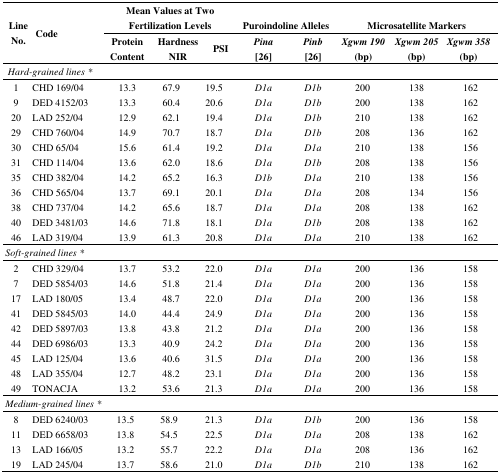
<table><thead><tr><td rowspan="3"><b>Line No.</b></td><td rowspan="3"><b>Code</b></td><td colspan="3"><b>Mean Values at Two Fertilization Levels</b></td><td colspan="2"><b>Puroindoline Alleles</b></td><td colspan="3"><b>Microsatellite Markers</b></td></tr><tr><td><b>Protein Content</b></td><td><b>Hardness NIR</b></td><td><b>PSI</b></td><td><b><i>Pina</i> [26]</b></td><td><b><i>Pinb</i> [26]</b></td><td><b><i>Xgwm 190</i> (bp)</b></td><td><b><i>Xgwm 205</i> (bp)</b></td><td><b><i>Xgwm 358</i> (bp)</b></td></tr></thead><tbody><tr><td colspan="10"><i>Hard-grained lines</i>*</td></tr><tr><td>1</td><td>CHD 169/04</td><td>13.3</td><td>67.9</td><td>19.5</td><td><i>D1a</i></td><td><i>D1b</i></td><td>200</td><td>138</td><td>162</td></tr><tr><td>9</td><td>DED 4152/03</td><td>13.3</td><td>60.4</td><td>20.6</td><td><i>D1a</i></td><td><i>D1b</i></td><td>200</td><td>138</td><td>162</td></tr><tr><td>20</td><td>LAD 252/04</td><td>12.9</td><td>62.1</td><td>19.4</td><td><i>D1a</i></td><td><i>D1b</i></td><td>210</td><td>138</td><td>162</td></tr><tr><td>29</td><td>CHD 760/04</td><td>14.9</td><td>70.7</td><td>18.7</td><td><i>D1a</i></td><td><i>D1b</i></td><td>208</td><td>136</td><td>162</td></tr><tr><td>30</td><td>CHD 65/04</td><td>15.6</td><td>61.4</td><td>19.2</td><td><i>D1a</i></td><td><i>D1a</i></td><td>210</td><td>138</td><td>156</td></tr><tr><td>31</td><td>CHD 114/04</td><td>13.6</td><td>62.0</td><td>18.6</td><td><i>D1a</i></td><td><i>D1b</i></td><td>208</td><td>138</td><td>156</td></tr><tr><td>35</td><td>CHD 382/04</td><td>14.2</td><td>65.2</td><td>16.3</td><td><i>D1b</i></td><td><i>D1a</i></td><td>210</td><td>138</td><td>156</td></tr><tr><td>36</td><td>CHD 565/04</td><td>13.7</td><td>69.1</td><td>20.1</td><td><i>D1a</i></td><td><i>D1a</i></td><td>208</td><td>134</td><td>156</td></tr><tr><td>38</td><td>CHD 737/04</td><td>14.2</td><td>65.6</td><td>18.7</td><td><i>D1a</i></td><td><i>D1a</i></td><td>208</td><td>138</td><td>162</td></tr><tr><td>40</td><td>DED 3481/03</td><td>14.6</td><td>71.8</td><td>18.1</td><td><i>D1a</i></td><td><i>D1b</i></td><td>208</td><td>138</td><td>162</td></tr><tr><td>46</td><td>LAD 319/04</td><td>13.9</td><td>61.3</td><td>20.8</td><td><i>D1a</i></td><td><i>D1a</i></td><td>210</td><td>138</td><td>162</td></tr><tr><td colspan="10"><i>Soft-grained lines</i>*</td></tr><tr><td>2</td><td>CHD 329/04</td><td>13.7</td><td>53.2</td><td>22.0</td><td><i>D1a</i></td><td><i>D1a</i></td><td>200</td><td>136</td><td>158</td></tr><tr><td>7</td><td>DED 5854/03</td><td>14.6</td><td>51.8</td><td>21.4</td><td><i>D1a</i></td><td><i>D1a</i></td><td>200</td><td>136</td><td>158</td></tr><tr><td>17</td><td>LAD 180/05</td><td>13.4</td><td>48.7</td><td>22.0</td><td><i>D1a</i></td><td><i>D1a</i></td><td>200</td><td>136</td><td>158</td></tr><tr><td>41</td><td>DED 5845/03</td><td>14.0</td><td>44.4</td><td>24.9</td><td><i>D1a</i></td><td><i>D1a</i></td><td>200</td><td>136</td><td>158</td></tr><tr><td>42</td><td>DED 5897/03</td><td>13.8</td><td>43.8</td><td>21.2</td><td><i>D1a</i></td><td><i>D1a</i></td><td>200</td><td>136</td><td>158</td></tr><tr><td>44</td><td>DED 6986/03</td><td>13.3</td><td>40.9</td><td>24.2</td><td><i>D1a</i></td><td><i>D1a</i></td><td>200</td><td>136</td><td>158</td></tr><tr><td>45</td><td>LAD 125/04</td><td>13.6</td><td>40.6</td><td>31.5</td><td><i>D1a</i></td><td><i>D1a</i></td><td>200</td><td>136</td><td>158</td></tr><tr><td>48</td><td>LAD 355/04</td><td>12.7</td><td>48.2</td><td>23.1</td><td><i>D1a</i></td><td><i>D1a</i></td><td>200</td><td>136</td><td>158</td></tr><tr><td>49</td><td>TONACJA</td><td>13.2</td><td>53.6</td><td>21.3</td><td><i>D1a</i></td><td><i>D1a</i></td><td>200</td><td>136</td><td>158</td></tr><tr><td colspan="10"><i>Medium-grained lines</i>*</td></tr><tr><td>8</td><td>DED 6240/03</td><td>13.5</td><td>58.9</td><td>21.3</td><td><i>D1a</i></td><td><i>D1b</i></td><td>200</td><td>136</td><td>158</td></tr><tr><td>11</td><td>DED 6658/03</td><td>13.8</td><td>54.5</td><td>22.5</td><td><i>D1a</i></td><td><i>D1a</i></td><td>208</td><td>138</td><td>162</td></tr><tr><td>13</td><td>LAD 166/05</td><td>13.2</td><td>55.7</td><td>22.2</td><td><i>D1a</i></td><td><i>D1a</i></td><td>208</td><td>136</td><td>162</td></tr><tr><td>19</td><td>LAD 245/04</td><td>13.7</td><td>58.6</td><td>21.0</td><td><i>D1a</i></td><td><i>D1b</i></td><td>210</td><td>138</td><td>162</td></tr></tbody></table>